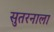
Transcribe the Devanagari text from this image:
सुतरनाला